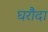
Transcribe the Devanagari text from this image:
घरौदा